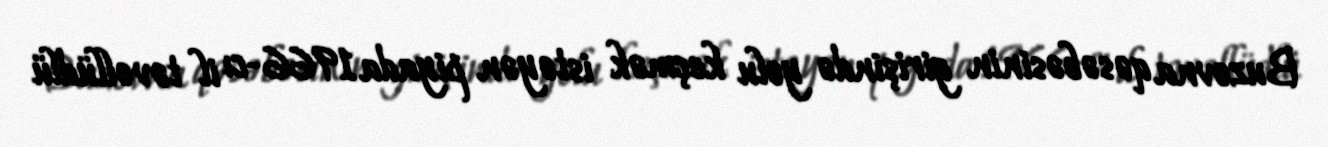
Buzovna qəsəbəsinin girişində yolu keçmək istəyən piyada 1966-cı il təvəllüdlü